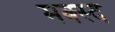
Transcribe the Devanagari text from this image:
मक्स्द